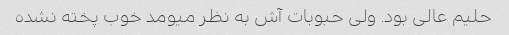
حلیم عالی بود. ولی حبوبات آش به نظر میومد خوب پخته نشده